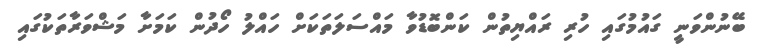
ބޭނުންވަނީ ގައުމުގައި ހުރި ރައްޔިތުން ކަންބޮޑުވާ މައްސަލަތަކަށް ހައްލު ހޯދުން ކަމަށާ މަޝްވަރާތަކުގައި